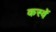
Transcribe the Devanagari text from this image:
कस्वें